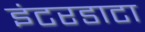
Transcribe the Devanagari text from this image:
इंटरडाटा